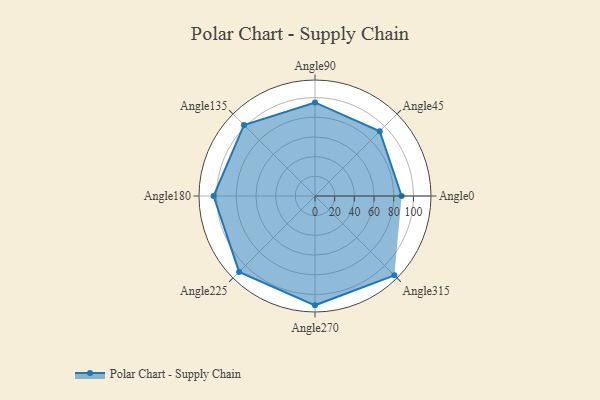
{"axis": {"x": "Angle", "y": "Radius"}, "legend": [""], "data": [{"x": "Angle0", "y": 88.0, "type": ""}, {"x": "Angle45", "y": 93.0, "type": ""}, {"x": "Angle90", "y": 95.0, "type": ""}, {"x": "Angle135", "y": 102.0, "type": ""}, {"x": "Angle180", "y": 103.0, "type": ""}, {"x": "Angle225", "y": 109.0, "type": ""}, {"x": "Angle270", "y": 111.0, "type": ""}, {"x": "Angle315", "y": 114.0, "type": ""}]}